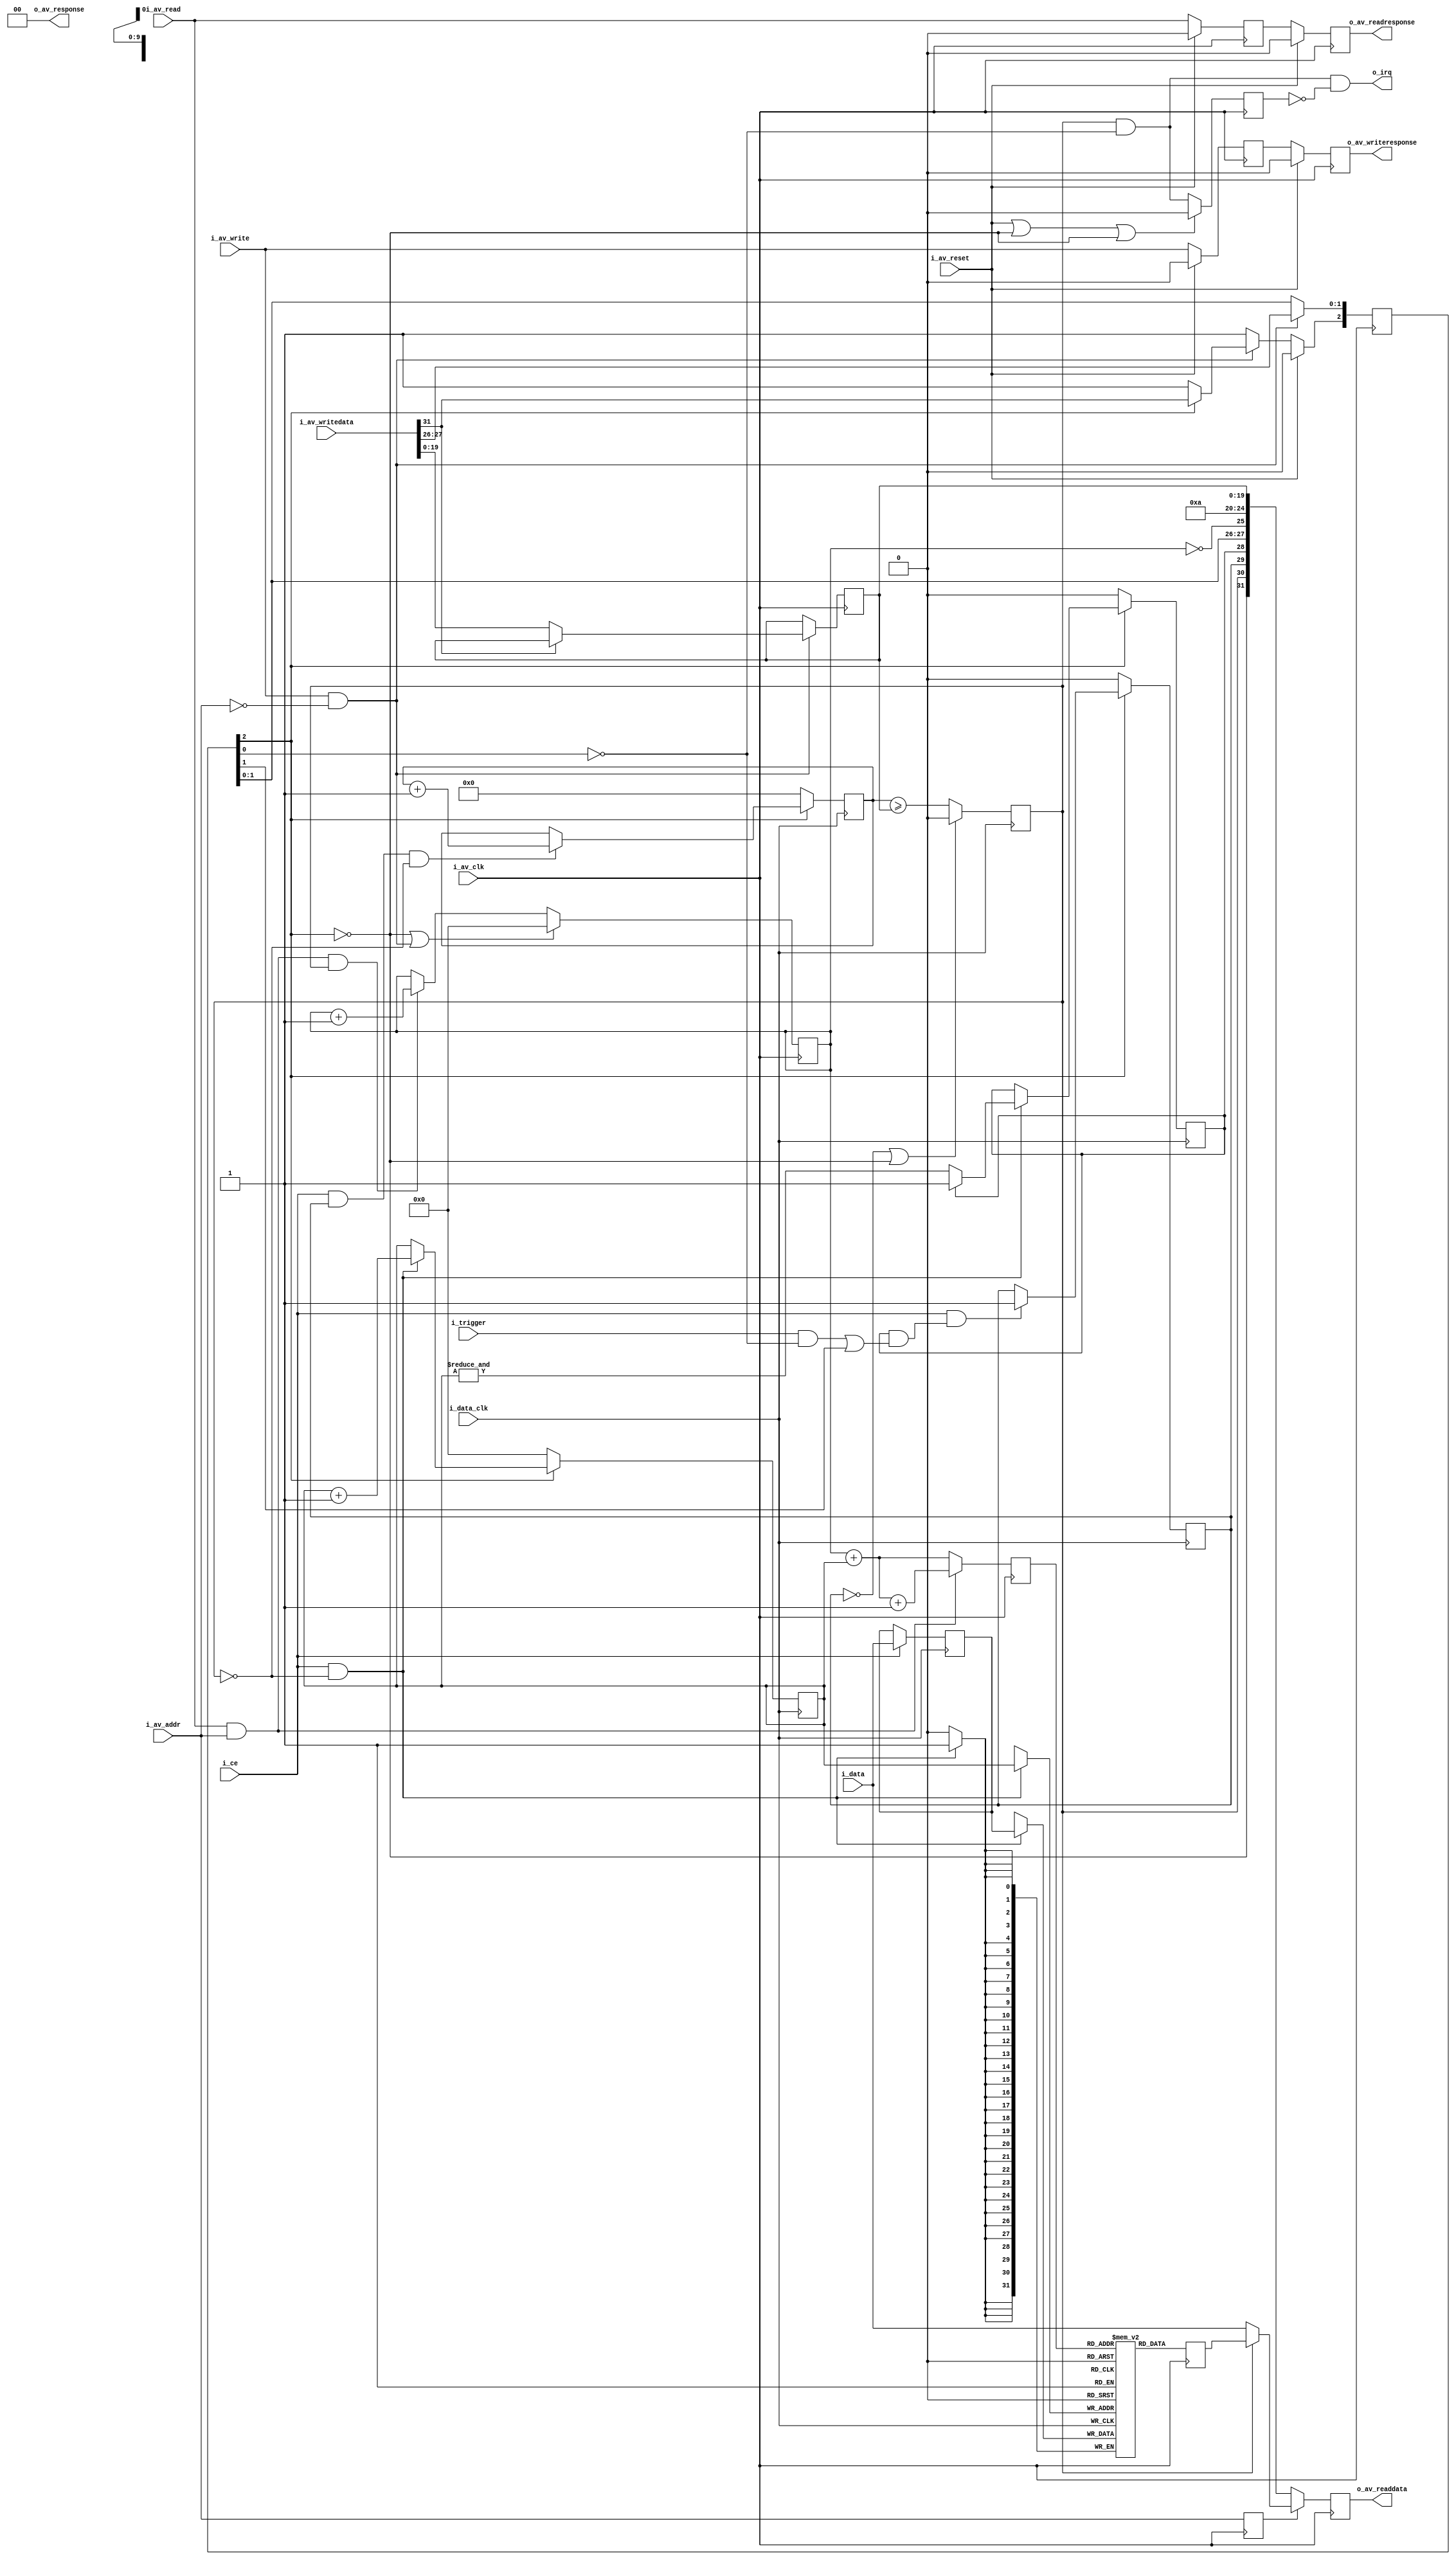
////////////////////////////////////////////////////////////////////////////////
//
// {{{
// Project:	WBScope, a wishbone hosted scope
//
// Purpose:	This is a generic/library routine for providing a bus accessed
//	'scope' or (perhaps more appropriately) a bus accessed logic analyzer.
//	The general operation is such that this 'scope' can record and report
//	on any 32 bit value transiting through the FPGA.  Once started and
//	reset, the scope records a copy of the input data every time the clock
//	ticks with the circuit enabled.  That is, it records these values up
//	until the trigger.  Once the trigger goes high, the scope will record
//	for br_holdoff more counts before stopping.  Values may then be read
//	from the buffer, oldest to most recent.  After reading, the scope may
//	then be reset for another run.
//
//	In general, therefore, operation happens in this fashion:
//		1. A reset is issued.
//		2. Recording starts, in a circular buffer, and continues until
//		3. The trigger line is asserted.
//			The scope registers the asserted trigger by setting
//			the 'o_triggered' output flag.
//		4. A counter then ticks until the last value is written
//			The scope registers that it has stopped recording by
//			setting the 'o_stopped' output flag.
//		5. The scope recording is then paused until the next reset.
//		6. While stopped, the CPU can read the data from the scope
//		7. -- oldest to most recent
//		8. -- one value per i_rd&i_data_clk
//		9. Writes to the data register reset the address to the
//			beginning of the buffer
//
//	Although the data width DW is parameterized, it is not very changable,
//	since the width is tied to the width of the data bus, as is the
//	control word.  Therefore changing the data width would require changing
//	the interface.  It's doable, but it would be a change to the interface.
//
//	The SYNCHRONOUS parameter turns on and off meta-stability
//	synchronization.  Ideally a wishbone scope able to handle one or two
//	clocks would have a changing number of ports as this SYNCHRONOUS
//	parameter changed.  Other than running another script to modify
//	this, I don't know how to do that so ... we'll just leave it running
//	off of two clocks or not.
//
//
//	Internal to this routine, registers and wires are named with one of the
//	following prefixes:
//
//	i_	An input port to the routine
//	o_	An output port of the routine
//	br_	A register, controlled by the bus clock
//	dr_	A register, controlled by the data clock
//	bw_	A wire/net, controlled by the bus clock
//	dw_	A wire/net, controlled by the data clock
//
// This particular version is designed to use an Avalon bus interface, instead
// of a wishbone interface.
//
// Creator:	Dan Gisselquist, Ph.D.
//		Gisselquist Technology, LLC
//
////////////////////////////////////////////////////////////////////////////////
// }}}
// Copyright (C) 2015-2024, Gisselquist Technology, LLC
// {{{
// This program is free software (firmware): you can redistribute it and/or
// modify it under the terms of the GNU General Public License as published
// by the Free Software Foundation, either version 3 of the License, or (at
// your option) any later version.
//
// This program is distributed in the hope that it will be useful, but WITHOUT
// ANY WARRANTY; without even the implied warranty of MERCHANTIBILITY or
// FITNESS FOR A PARTICULAR PURPOSE.  See the GNU General Public License
// for more details.
//
// You should have received a copy of the GNU General Public License along
// with this program.  (It's in the $(ROOT)/doc directory.  Run make with no
// target there if the PDF file isn't present.)  If not, see
// <http://www.gnu.org/licenses/> for a copy.
// }}}
// License:	GPL, v3, as defined and found on www.gnu.org,
// {{{
//		http://www.gnu.org/licenses/gpl.html
//
////////////////////////////////////////////////////////////////////////////////
//
//
`ifdef	VERILATOR
`default_nettype	none
`endif
// }}}
module avscope #(
		// {{{
		parameter [4:0]			LGMEM = 5'd10,
		parameter			BUSW = 32,
		parameter [0:0]			SYNCHRONOUS=1,
		parameter		 	HOLDOFFBITS = 20,
		parameter [(HOLDOFFBITS-1):0]	DEFAULT_HOLDOFF = ((1<<(LGMEM-1))-4)
		// }}}
	) (
		// {{{
		// The input signals that we wish to record
		input	wire			i_data_clk, i_ce, i_trigger,
		input	wire	[(BUSW-1):0]	i_data,
		// The Avalon bus for reading and configuring this scope
		// {{{
		input	wire			i_av_clk, i_av_reset,
						i_av_read, i_av_write,
		// One address line only
		input	wire			i_av_addr,
		input	wire	[(BUSW-1):0]	i_av_writedata,
		// output	wire			o_av_waitrequest,
		//
		output	wire			o_av_readresponse,
		output	wire			o_av_writeresponse,
		output	wire	[1:0]		o_av_response,
		output	wire	[(BUSW-1):0]	o_av_readdata,
		// }}}
		// And, finally, for a final flair --- offer to interrupt the
		// CPU after our trigger has gone off.  This line is equivalent
		// to the scope  being stopped.  It is not maskable here.
		output	wire			o_irq
		// }}}
	);

	// Signal declarations
	// {{{
	reg			read_address;
	wire			read_from_data, write_stb, write_to_control;
	reg	[(LGMEM-1):0]	raddr;
	reg	[(BUSW-1):0]	mem[0:((1<<LGMEM)-1)];
	wire			bw_reset_request, bw_manual_trigger,
				bw_disable_trigger, bw_reset_complete;
	reg	[2:0]		br_config;
	reg [(HOLDOFFBITS-1):0]	br_holdoff;

	reg			dr_triggered, dr_primed;
	wire			dw_trigger;
	wire			bus_clock;

	reg [(HOLDOFFBITS-1):0]	counter;
	reg			dr_stopped;
	reg	[(LGMEM-1):0]	waddr;
	localparam	STOPDELAY = 1;
	wire	[(BUSW-1):0]		wr_piped_data;
	wire	bw_stopped, bw_triggered, bw_primed;
	reg	br_av_rdack, br_pre_av_rdack;
	reg	br_av_wrack, br_pre_av_wrack;
	reg	[(LGMEM-1):0]	this_addr;
	reg	[31:0]	nxt_mem;
	wire	[19:0]	full_holdoff;
	wire	[31:0]	i_bus_data;
	reg	[31:0]	o_bus_data;
	wire	[4:0]	bw_lgmem;
	reg	br_level_interrupt;
	// }}}

	assign	o_av_response = 2'b00;

	assign	bus_clock = i_av_clk;

	////////////////////////////////////////////////////////////////////////
	//
	// Decode and handle the bus signaling in a (somewhat) portable manner
	// {{{
	////////////////////////////////////////////////////////////////////////
	//
	//
	// assign	o_av_waitrequest = 1'b0;


	assign	read_from_data = (i_av_read)&&(i_av_addr);
	assign	write_stb = (i_av_write);
	assign	write_to_control = (i_av_write)&&(!i_av_addr);
	assign	i_bus_data = i_av_writedata;

	always @(posedge bus_clock)
		read_address <= i_av_addr;
	// }}}
	////////////////////////////////////////////////////////////////////////
	//
	// Our status/config register
	// {{{
	////////////////////////////////////////////////////////////////////////
	//
	// Now that we've finished reading/writing from the
	// bus, ... or at least acknowledging reads and
	// writes from and to the bus--even if they haven't
	// happened yet, now we implement our actual scope.
	// This includes implementing the actual reads/writes
	// from/to the bus.
	//
	// From here on down, is the heart of the scope itself.
	//
	initial	br_config = 3'b0;
	initial	br_holdoff = DEFAULT_HOLDOFF;
	always @(posedge bus_clock)
	begin
		if (write_to_control)
		begin
			br_config[1:0] <= {
				i_bus_data[27],
				i_bus_data[26] };
			if (!i_bus_data[31])
				br_holdoff <= i_bus_data[(HOLDOFFBITS-1):0];

			//
			// Reset logic
			if (bw_reset_complete)
				// Clear the reset request, regardless of the write
				br_config[2] <= 1'b1;
			else if (!br_config[2])
				br_config[2] <= 1'b0;
			else
				br_config[2] <= i_bus_data[31];
		end else if (bw_reset_complete)
			br_config[2] <= 1'b1;

		if (i_av_reset)
			br_config[2] <= 1'b0;
	end

	assign	bw_reset_request   = (!br_config[2]);
	assign	bw_manual_trigger  = (br_config[1]);
	assign	bw_disable_trigger = (br_config[0]);

	wire	dw_reset, dw_manual_trigger, dw_disable_trigger;
	generate
	if (SYNCHRONOUS > 0)
	begin
		assign	dw_reset = bw_reset_request;
		assign	dw_manual_trigger = bw_manual_trigger;
		assign	dw_disable_trigger = bw_disable_trigger;
		assign	bw_reset_complete = bw_reset_request;
	end else begin
		reg		r_reset_complete;
		reg	[2:0]	q_iflags, r_iflags;

		// Resets are synchronous to the bus clock, not the data clock
		// so do a clock transfer here
		initial	{ q_iflags, r_iflags } = 6'h0;
		initial	r_reset_complete = 1'b0;
		always @(posedge i_data_clk)
		begin
			q_iflags <= { bw_reset_request, bw_manual_trigger, bw_disable_trigger };
			r_iflags <= q_iflags;
			r_reset_complete <= (dw_reset);
		end

		assign	dw_reset = r_iflags[2];
		assign	dw_manual_trigger = r_iflags[1];
		assign	dw_disable_trigger = r_iflags[0];

		reg	q_reset_complete,
			qq_reset_complete;
		// Pass an acknowledgement back from the data clock to the bus
		// clock that the reset has been accomplished
		initial	q_reset_complete = 1'b0;
		initial	qq_reset_complete = 1'b0;
		always @(posedge bus_clock)
		begin
			q_reset_complete  <= r_reset_complete;
			qq_reset_complete <= q_reset_complete;
		end

		assign bw_reset_complete = qq_reset_complete;
	end endgenerate
	// }}}
	////////////////////////////////////////////////////////////////////////
	//
	// Set up the trigger
	// {{{
	////////////////////////////////////////////////////////////////////////
	//
	//

	// dw_trigger -- trigger wire, defined on the data clock
	// {{{
	// Write with the i_clk, or input clock.  All outputs read with the
	// bus clock, or bus_clock  as we've called it here.
	assign	dw_trigger = (dr_primed)&&(
				((i_trigger)&&(!dw_disable_trigger))
				||(dw_manual_trigger));
	// }}}

	// dr_triggered
	// {{{
	initial	dr_triggered = 1'b0;
	always @(posedge i_data_clk)
	if (dw_reset)
		dr_triggered <= 1'b0;
	else if ((i_ce)&&(dw_trigger))
		dr_triggered <= 1'b1;
	// }}}

	//
	// Determine when memory is full and capture is complete
	//
	// Writes take place on the data clock
	// The counter is unsigned
	initial	dr_stopped = 1'b0;
	initial	counter = 0;
	always @(posedge i_data_clk)
	if (dw_reset)
		counter <= 0;
	else if ((i_ce)&&(dr_triggered)&&(!dr_stopped))
		counter <= counter + 1'b1;

	always @(posedge i_data_clk)
	if ((!dr_triggered)||(dw_reset))
		dr_stopped <= 1'b0;
	else if (HOLDOFFBITS > 1) // if (i_ce)
		dr_stopped <= (counter >= br_holdoff);
	else if (HOLDOFFBITS <= 1)
		dr_stopped <= ((i_ce)&&(dw_trigger));
	// }}}
	////////////////////////////////////////////////////////////////////////
	//
	// Write to memory
	// {{{
	////////////////////////////////////////////////////////////////////////
	//
	//


	//
	//	Actually do our writes to memory.  Record, via 'primed' when
	//	the memory is full.
	//
	//	The 'waddr' address that we are using really crosses two clock
	//	domains.  While writing and changing, it's in the data clock
	//	domain.  Once stopped, it becomes part of the bus clock domain.
	//	The clock transfer on the stopped line handles the clock
	//	transfer for these signals.
	//

	// waddr, dr_primed
	// {{{
	initial	waddr = {(LGMEM){1'b0}};
	initial	dr_primed = 1'b0;
	always @(posedge i_data_clk)
	if (dw_reset) // For simulation purposes, supply a valid value
	begin
		waddr <= 0; // upon reset.
		dr_primed <= 1'b0;
	end else if (i_ce && !dr_stopped)
	begin
		// mem[waddr] <= i_data;
		waddr <= waddr + {{(LGMEM-1){1'b0}},1'b1};
		if (!dr_primed)
			dr_primed <= (&waddr);
	end
	// }}}

	// wr_piped_data -- delay data to match the trigger
	// {{{
	// Delay the incoming data so that we can get our trigger
	// logic to line up with the data.  The goal is to have a
	// hold off of zero place the trigger in the last memory
	// address.
	generate
	if (STOPDELAY == 0)
		// No delay ... just assign the wires to our input lines
		assign	wr_piped_data = i_data;
	else if (STOPDELAY == 1)
	begin
		//
		// Delay by one means just register this once
		reg	[(BUSW-1):0]	data_pipe;
		always @(posedge i_data_clk)
		if (i_ce)
			data_pipe <= i_data;

		assign	wr_piped_data = data_pipe;
	end else begin
		// Arbitrary delay ... use a longer pipe
		reg	[(STOPDELAY*BUSW-1):0]	data_pipe;

		always @(posedge i_data_clk)
		if (i_ce)
			data_pipe <= { data_pipe[((STOPDELAY-1)*BUSW-1):0], i_data };
		assign	wr_piped_data = { data_pipe[(STOPDELAY*BUSW-1):((STOPDELAY-1)*BUSW)] };
	end endgenerate
	// }}}

	// mem[] <= wr_piped_data
	// {{{
	always @(posedge i_data_clk)
	if ((i_ce)&&(!dr_stopped))
		mem[waddr] <= wr_piped_data;
	// }}}
	// }}}
	////////////////////////////////////////////////////////////////////////
	//
	// Move the status signals back to the bus clock
	// {{{
	////////////////////////////////////////////////////////////////////////
	//
	//

	generate
	if (SYNCHRONOUS > 0)
	begin
		assign	bw_stopped   = dr_stopped;
		assign	bw_triggered = dr_triggered;
		assign	bw_primed    = dr_primed;
	end else begin
		// These aren't a problem, since none of these are strobe
		// signals.  They goes from low to high, and then stays high
		// for many clocks.  Swapping is thus easy--two flip flops to
		// protect against meta-stability and we're done.
		//
		reg	[2:0]	q_oflags;
		reg	[2:0]	r_oflags;
		initial	q_oflags = 3'h0;
		initial	r_oflags = 3'h0;
		always @(posedge bus_clock)
			if (bw_reset_request)
			begin
				q_oflags <= 3'h0;
				r_oflags <= 3'h0;
			end else begin
				q_oflags <= { dr_stopped, dr_triggered, dr_primed };
				r_oflags <= q_oflags;
			end

		assign	bw_stopped   = r_oflags[2];
		assign	bw_triggered = r_oflags[1];
		assign	bw_primed    = r_oflags[0];
	end endgenerate
	// }}}
	////////////////////////////////////////////////////////////////////////
	//
	// Read from the memory, using the bus clock.  Otherwise respond to bus
	// {{{
	////////////////////////////////////////////////////////////////////////
	//
	//

	initial	br_pre_av_rdack = 1'b0;
	initial	br_pre_av_wrack = 1'b0;
	initial	br_av_rdack = 1'b0;
	initial	br_av_wrack = 1'b0;
	always @(posedge bus_clock)
	begin
		if ((bw_reset_request)||(write_to_control))
			raddr <= 0;
		else if ((read_from_data)&&(bw_stopped))
			raddr <= raddr + 1'b1; // Data read, when stopped

		br_pre_av_rdack <= i_av_read;
		br_av_rdack <= (br_pre_av_rdack);
		//
		br_pre_av_wrack <= i_av_write;
		br_av_wrack <= (br_pre_av_wrack);

		if (i_av_reset)
		begin
			// {{{
			br_pre_av_rdack <= 1'b0;
			br_av_rdack <= 1'b0;

			br_pre_av_wrack <= 1'b0;
			br_av_wrack <= 1'b0;
			// }}}
		end
	end

	assign	o_av_writeresponse = (br_av_wrack);
	assign	o_av_readresponse  = (br_av_rdack);

	always @(posedge bus_clock)
	if (read_from_data)
		this_addr <= raddr + waddr + 1'b1;
	else
		this_addr <= raddr + waddr;

	always @(posedge bus_clock)
		nxt_mem <= mem[this_addr];

	assign full_holdoff[(HOLDOFFBITS-1):0] = br_holdoff;
	generate if (HOLDOFFBITS < 20)
		assign full_holdoff[19:(HOLDOFFBITS)] = 0;
	endgenerate

	assign		bw_lgmem = LGMEM;
	always @(posedge bus_clock)
	if (!read_address) // Control register read
		o_bus_data <= { bw_reset_request,
				bw_stopped,
				bw_triggered,
				bw_primed,
				bw_manual_trigger,
				bw_disable_trigger,
				(raddr == {(LGMEM){1'b0}}),
				bw_lgmem,
				full_holdoff  };
	else if (!bw_stopped) // read, prior to stopping
		o_bus_data <= i_data;
	else // if (i_wb_addr) // Read from FIFO memory
		o_bus_data <= nxt_mem; // mem[raddr+waddr];

	assign	o_av_readdata = o_bus_data;
	// }}}
	////////////////////////////////////////////////////////////////////////
	//
	// Interrupt generation
	// {{{
	////////////////////////////////////////////////////////////////////////
	//
	//
	initial	br_level_interrupt = 1'b0;
	assign	o_irq = (bw_stopped)&&(!bw_disable_trigger)
					&&(!br_level_interrupt);

	always @(posedge bus_clock)
	if (i_av_reset || (bw_reset_complete)||(bw_reset_request))
		br_level_interrupt<= 1'b0;
	else
		br_level_interrupt<= (bw_stopped)&&(!bw_disable_trigger);
	// }}}

	// Make verilator happy
	// {{{
	// verilator lint_off UNUSED
	wire	unused;
	assign unused = &{ 1'b0, i_bus_data[30:28], i_bus_data[25:0],
			write_stb };
	// verilator lint_on UNUSED
	// }}}
endmodule